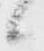
候